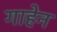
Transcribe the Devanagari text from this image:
गाहेन